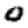
Digit: 0